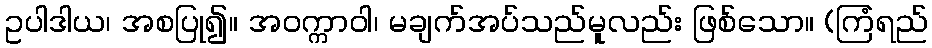
ဥပါဒါယ၊ အစပြု၍။ အဝက္ကာဝါ၊ မချက်အပ်သည်မူလည်း ဖြစ်သော။ (ကြံရည်